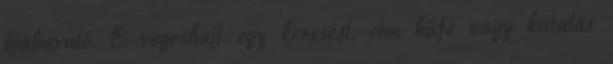
hiábavaló. E végrehajt egy keresést, cím büfé vagy kutatás